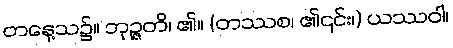
တနေ့သ၌။ ဘုဉ္ဇတိ၊ ၏။ (တဿစ၊ ၏၎င်း၊) ယဿဝါ၊